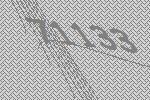
71133